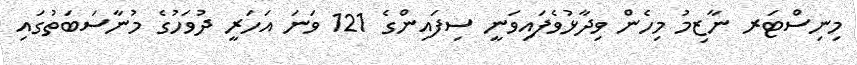
މިނިސްޓަރ ނާޒިމު މިހެން ވިދާޅުވެފައިވަނީ ސިފައިންގެ 121 ވަނަ އަހަރީ ދުވަހުގެ މުނާސަބަތުގައި